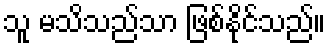
သူ မသိသည်သာ ဖြစ်နိုင်သည်။